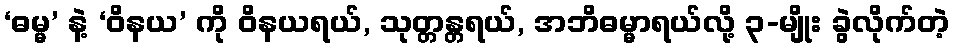
‘ဓမ္မ’ နဲ့ ‘ဝိနယ’ ကို ဝိနယရယ်, သုတ္တန္တရယ်, အဘိဓမ္မာရယ်လို့ ၃-မျိုး ခွဲလိုက်တဲ့